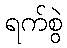
ရက်စွဲ